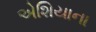
એશિયાના